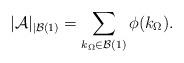
LaTeX: \begin{align*}|\mathcal{A}|_{| \mathcal{B}(1)} = \sum_{k_{\Omega} \in \mathcal{B}(1) } \phi(k_{\Omega}) .\end{align*}